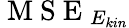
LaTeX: \mathrm{~M~S~E~}_{E_{kin}}